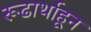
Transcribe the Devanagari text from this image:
रूढार्थाहून